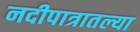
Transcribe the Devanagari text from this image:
नदीपात्रातल्या